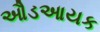
ઔડઆયક